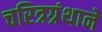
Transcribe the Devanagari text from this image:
चरित्रग्रंथाने